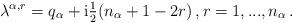
LaTeX: \begin{align*}\lambda^{\alpha,r} = q_\alpha + \mathrm{i} \tfrac{1}{2}(n_\alpha +1 - 2r)\,,r = 1,...,n_\alpha\,.\end{align*}